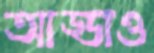
আড্ডাও